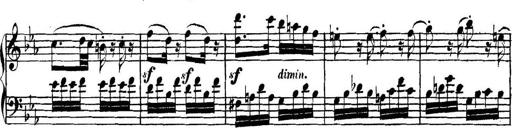
Title: Collected Piano Sonatas
Composer: Muzio Clementi